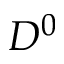
D ^ { 0 }